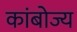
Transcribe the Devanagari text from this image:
कांबोज्य